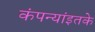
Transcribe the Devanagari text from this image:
कंपन्यांइतके